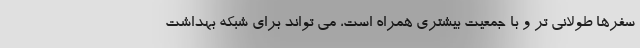
سفرها طولانی تر و با جمعیت بیشتری همراه است، می تواند برای شبکه بهداشت